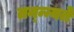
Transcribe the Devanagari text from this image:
तन्न्न्यते